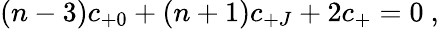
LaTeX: (n-3)c_{+0}+(n+1)c_{+J}+2c_{+}=0\ ,